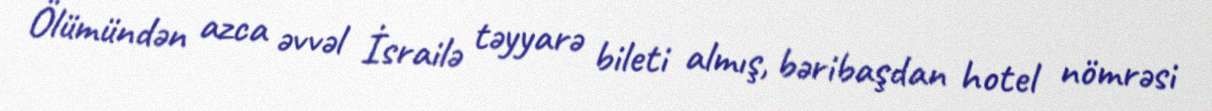
Ölümündən azca əvvəl İsrailə təyyarə bileti almış, bəribaşdan hotel nömrəsi